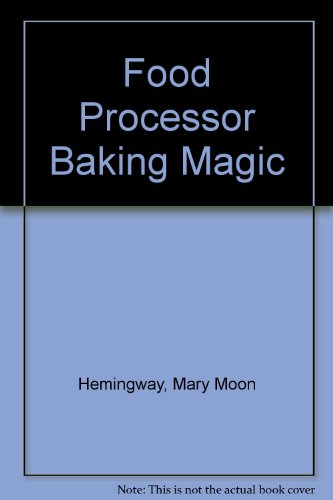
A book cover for Food Processor Baking Magic; Mary Moon Hemingway; Cookbooks, Food & Wine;